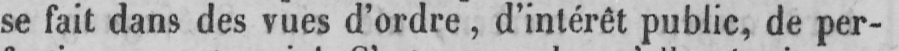
se fait dans des vues d’ordre, d’intérêt public, de per-